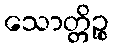
သောတ္တိဉ္စ